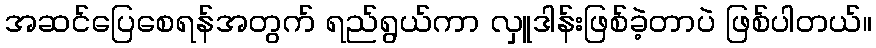
အဆင်ပြေစေရန်အတွက် ရည်ရွယ်ကာ လှူဒါန်းဖြစ်ခဲ့တာပဲ ဖြစ်ပါတယ်။